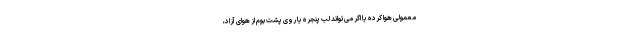
معمولی هوا کرده یا اگر می‌تواند لب پنجره یا روی پشت بوم از هوای آزاد،